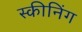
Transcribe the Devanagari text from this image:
स्कीनिंग